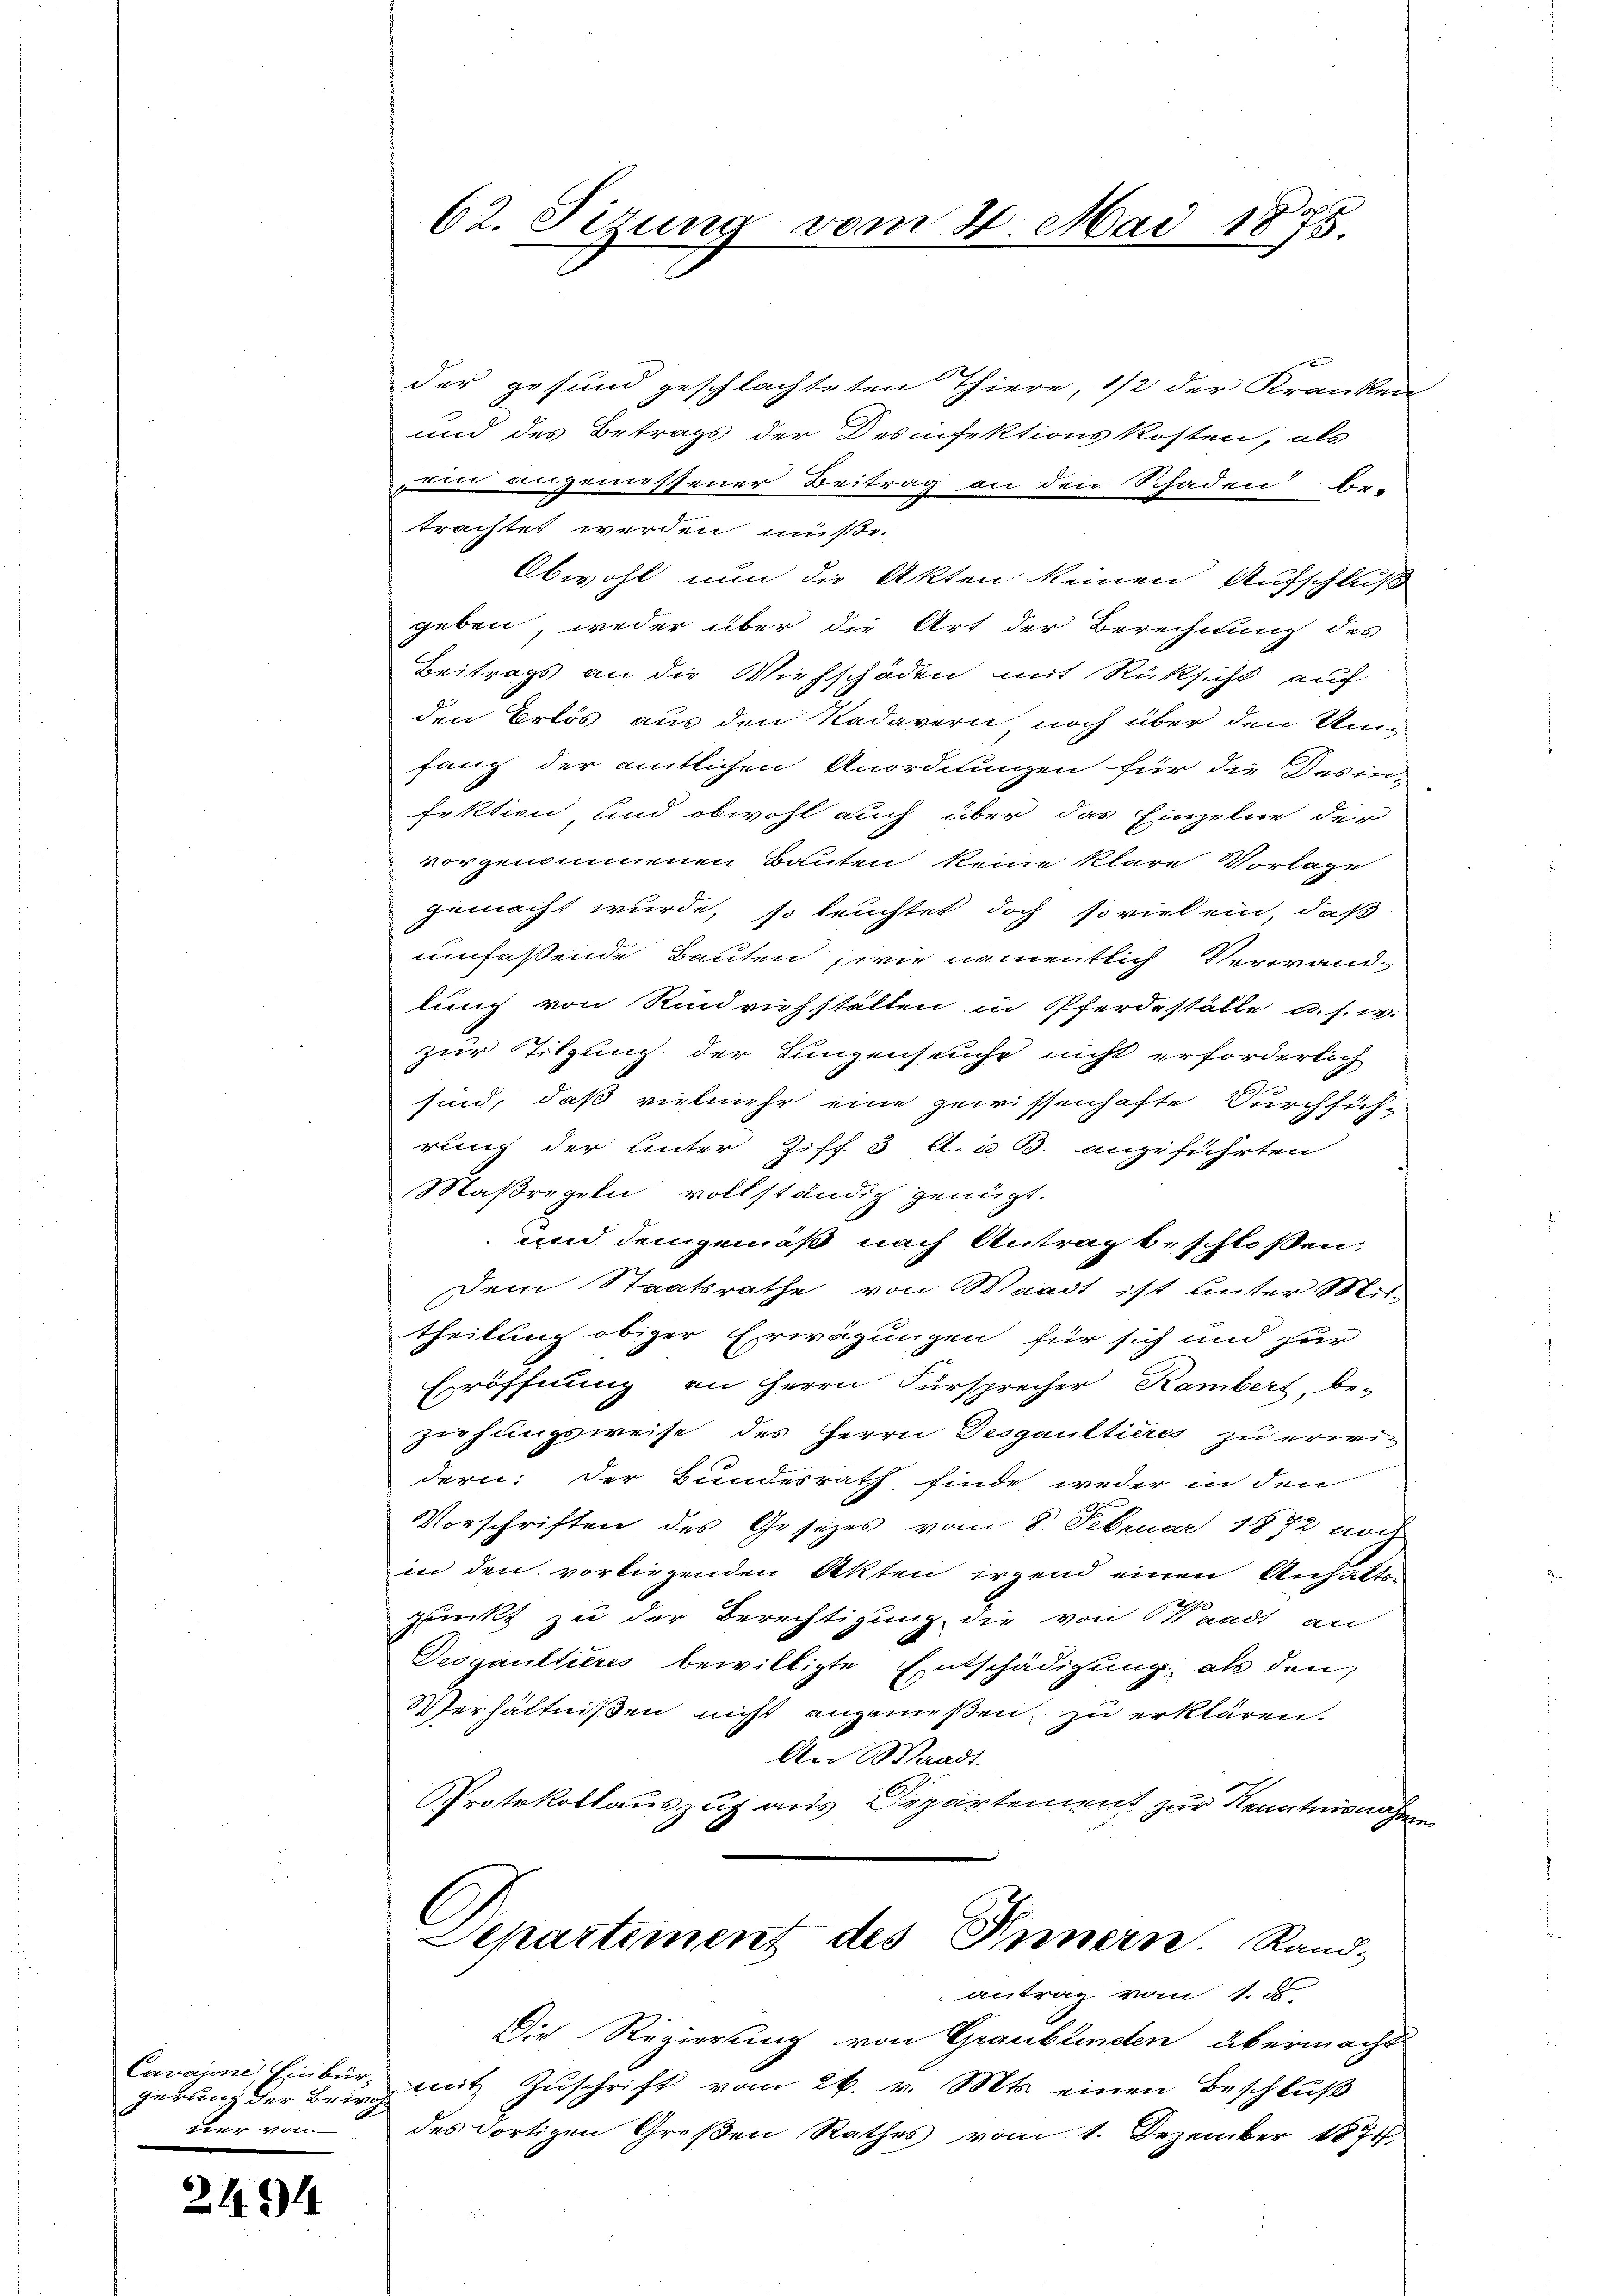
gerung der Bring
ner von

2494

62. Sitzung vom 4. Mai 1873.

der gesund geschlachteten Thiere, 1/2 der Kranken
und des Betrags der Desinfektionskosten, als
ein angemessener Beitrag an den Schaden be-
trachtet werden müße.
Obwohl nun die Akten keinen Aufschluß
geben, weder über die Art der Berechnung des
Beitrags an die Viehschäden mit Rüksicht auf
den Erlös aus den Kadavern, noch über den Unfang der amtlichen Anordnungen für die Desin-
fektion, und obwohl auch über das Einzelne der
vorgenommenen Bauten keine klare Vorlage
gemacht wurde, so leuchtet doch soviel ein, daß
umfassende Bauten, wie namentlich Verwandlung von Rindrichstalten in Pferdeställe u. s. w.
zur Tilgung der Lungensuche nicht erforderlich
sind, daß vielmehr eine gewissenhafte Durchsich-
rung der Unter Ziff u. A. u. B. angeführten
Maßregeln vollständig genügt.
und demgemäß nach Antrag beschlossen.
Dem Staatsrathe von Waadt ist unter Mittheilung obiger Erwägungen für sich und zur
Eröffnung an Herrn Fürsprecher Rambert, be-
ziehungsweise des Herrn Desgaultieres zu erwidern: Der Bundesrath finde weder in den
Vorschriften des Gesetzes vom 8. Februar 1872 noch
in den vorliegenden Akten irgend einen Anhalten
glückt zu der Berechtigung die von Waadt an
Deogaultieres bewilligte Entschädigung als den
Verhältnißen nicht angenießen, zu erklären.
An Waadt.
Protokollauszug aus Departement zur Kenntnisnahm.
Departement des Innern. Rand-
antrag vom 1. d.
Die Regierung von Graubünden übermacht
Carajan Einbür mit Zŭschrift vom 26. v. Mts. einen Beschlŭβ
des dortigen Großen Rathes vom 1. Dezember 1874.